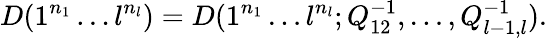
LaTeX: D(1^{n_{1}}\ldots l^{n_{l}})=D(1^{n_{1}}\ldots l^{n_{l}};Q_{12}^{-1},\ldots,Q_{l-1,l}^{-1}).